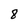
Character: 8